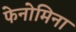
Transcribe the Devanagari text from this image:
फेनोमिना